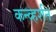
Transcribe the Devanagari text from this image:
कन्व्हर्शन